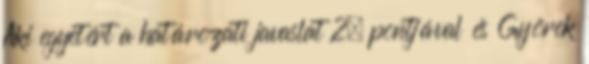
Aki egyetért a határozati javaslat 2. pontjával és Györek